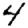
Digit: 4